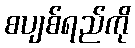
စပျစ်ရည်ကို